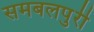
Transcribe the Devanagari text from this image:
समबलपुरी